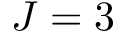
J = 3